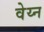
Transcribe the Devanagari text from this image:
वेय्न